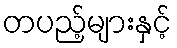
တပည့်များနှင့်